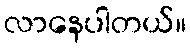
လာနေပါတယ်။